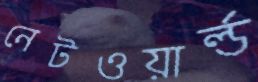
নেটওয়ার্ল্ড